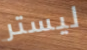
ليستر